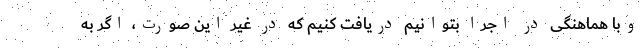
وبا هماهنگی در اجرا بتوانیم دریافت کنیم که در غیر این صورت، اگر به